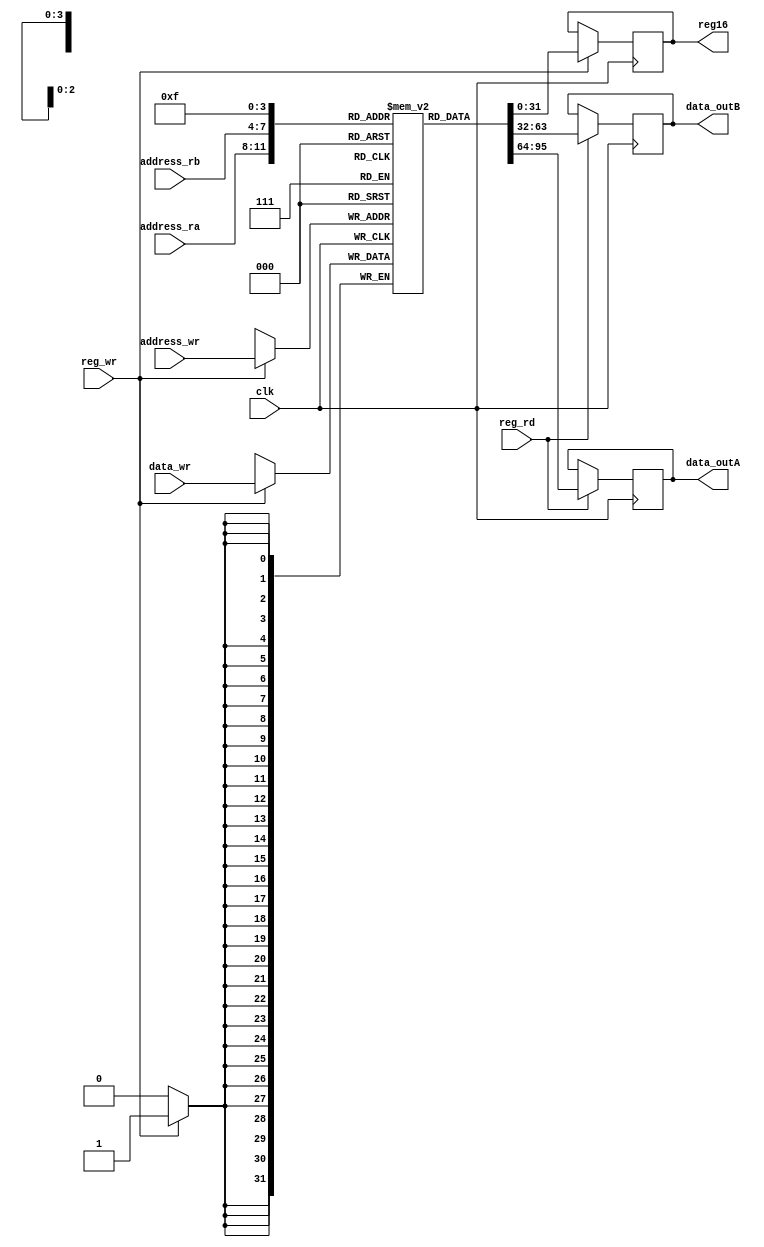
`timescale 1ns / 1ps

module register_memory (
clk, // Clock Input
reg_wr,
address_ra,
address_rb,
address_wr,
data_outA,
data_outB,
data_wr,
reg_rd,
reg16
);

parameter DATA_WIDTH = 31; // Largo de los registros R, J, I - 32 bits.
parameter ADDR_WIDTH = 3; // Largo de las direcciones de registros. 16 instrucciones - 4 bits.
parameter RAM_DEPTH = 15; // Cantidad de registros que caben en la memoria. 16 registros.

//--------------Input Ports-----------------------

input [ADDR_WIDTH:0] address_ra;
input [ADDR_WIDTH:0] address_rb;
input [ADDR_WIDTH:0] address_wr;


//--------------Inout Ports-----------------------
output reg [31:0] data_outA;
output reg [31:0] data_outB;
input clk;
input reg_wr,reg_rd; // Bandera de control para la escritura en la memoria
input wire [31:0] data_wr; // Dato que se escribe en el write-back
output reg [31:0] reg16; // Registro que contiene el recuento de coincidencias entre patron y texto


reg [DATA_WIDTH:0] mem [0:RAM_DEPTH];


initial begin
    mem[0] <= 0; // Bandera de Cero
    mem[1] <= 0; // Bandera de salto (branch)
    mem[2] <= 0; // Bandera de IR. ------> No sabemos si tiene utilidad.
    mem[3] <= 0; //         ^
    mem[4] <= 0; //         |
    mem[5] <= 0; //         |
    mem[6] <= 0; //         |
    mem[7] <= 0; //         |
    mem[8] <= 0; //         |
    mem[9] <= 0; //         |  Registros de uso general
    mem[10] <= 0; //        |
    mem[11] <= 0; //        |
    mem[12] <= 0; //        |
    mem[13] <= 0; //        |
    mem[14] <= 0; //        |
    mem[15] <= 0; //        ^	
end



always @(posedge clk)
begin
	if(reg_rd)begin
    data_outA = mem[address_ra];
    data_outB = mem[address_rb];
	 end
	 
end
always @(negedge clk)
begin
	if (reg_wr) begin //si la bandera no esta en 1 ignora la lectura del dato (guardar dato en el banco de registro)
        mem[address_wr] <= data_wr;
		  reg16 <= mem[15];
	end
end
endmodule